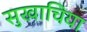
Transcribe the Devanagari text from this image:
सुखाचिया